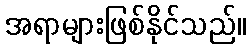
အရာများဖြစ်နိုင်သည်။